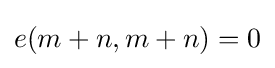
e(m+n,m+n)=0